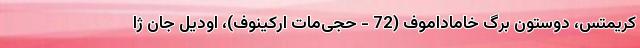
کریمتس، دوستون برگ خاماداموف (72 - حجی‌مات ارکینوف)، اودیل جان ژا